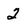
Character: 2